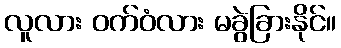
လူလား ဝက်ဝံလား မခွဲခြားနိုင်။